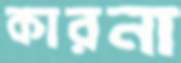
কারনা